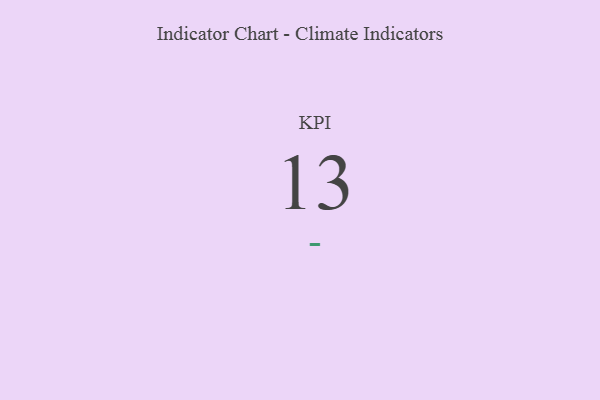
{"axis": {"x": "KPI", "y": "Value"}, "legend": [""], "data": [{"x": "KPI", "y": 13, "type": ""}]}